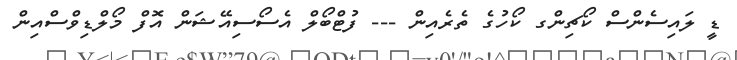
ޑީ ލައިސެންސް ކޯޗިންގ ކޯހުގެ ތެރެއިން --- ފުޓްބޯލް އެސޯސިއޭޝަން އޮފް މޯލްޑިވްސްއިން